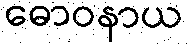
ဓောဝနာယ